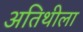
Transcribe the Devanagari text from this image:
अतिथीला